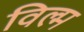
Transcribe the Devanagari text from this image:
विल्म